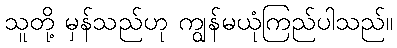
သူတို့ မှန်သည်ဟု ကျွန်မယုံကြည်ပါသည်။